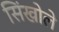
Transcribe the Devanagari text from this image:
सिंखोले